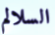
السلالم